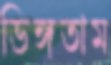
ডিঙ্গতাম